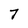
Character: 7